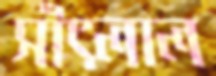
সাঁৎলাল